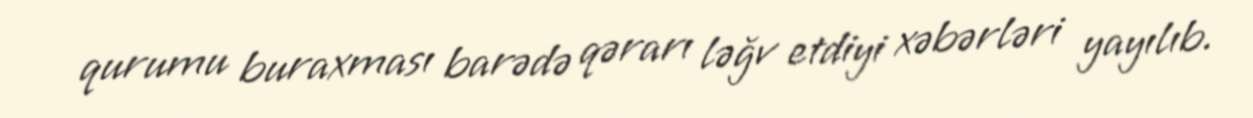
qurumu buraxması barədə qərarı ləğv etdiyi xəbərləri yayılıb.